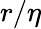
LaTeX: r/\eta